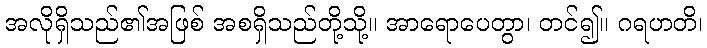
အလိုရှိသည်၏အဖြစ် အစရှိသည်တို့သို့။ အာရောပေတွာ၊ တင်၍။ ဂရဟတိ၊